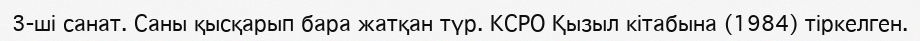
3-ші санат. Саны қысқарып бара жатқан түр. КСРО Қызыл кітабына (1984) тіркелген.